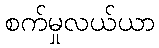
စက်မှုလယ်ယာ